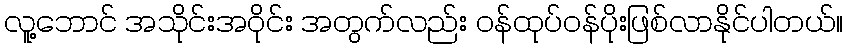
လူ့ဘောင် အသိုင်းအဝိုင်း အတွက်လည်း ဝန်ထုပ်ဝန်ပိုးဖြစ်လာနိုင်ပါတယ်။